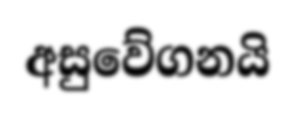
අසුවේගනයි